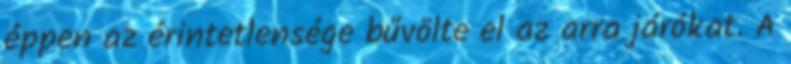
éppen az érintetlensége bűvölte el az arra járókat. A